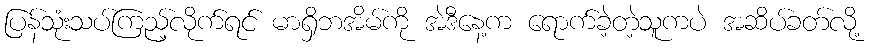
ပြန်သုံးသပ်ကြည့်လိုက်ရင် မာရှိဘအိမ်ကို အဲဒီနေ့က ရောက်ခဲ့တဲ့သူကပဲ အဆိပ်ခတ်လို့